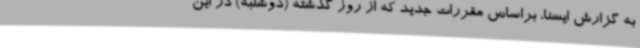
به گزارش ایسنا، براساس مقررات جدید که از روز گذشته (دوشنبه) در این